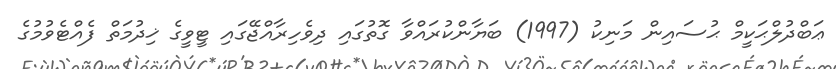
ޢަބްދުލްޙަކީމް ޙުސައިން މަނިކު (1997) ބަޔާންކުރައްވާ ގޮތުގައި ދިވެހިރާއްޖޭގައި ޓީވީގެ ޚިދުމަތް ފެއްޓެވުމުގެ